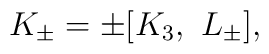
K_{\pm} = \pm [ K_3,\ L_{\pm}],